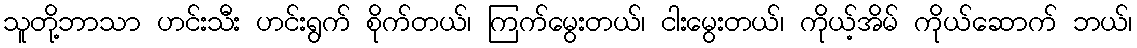
သူတို့ဘာသာ ဟင်းသီး ဟင်းရွက် စိုက်တယ်၊ ကြက်မွေးတယ်၊ ငါးမွေးတယ်၊ ကိုယ့်အိမ် ကိုယ်ဆောက် ဘယ်၊